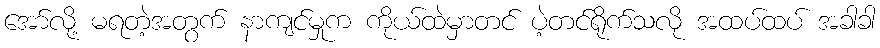
အော်လို့ မရတဲ့အတွက် နာကျင်မှုက ကိုယ်ထဲမှာတင် ပဲ့တင်ရိုက်သလို အထပ်ထပ် အခါခါ